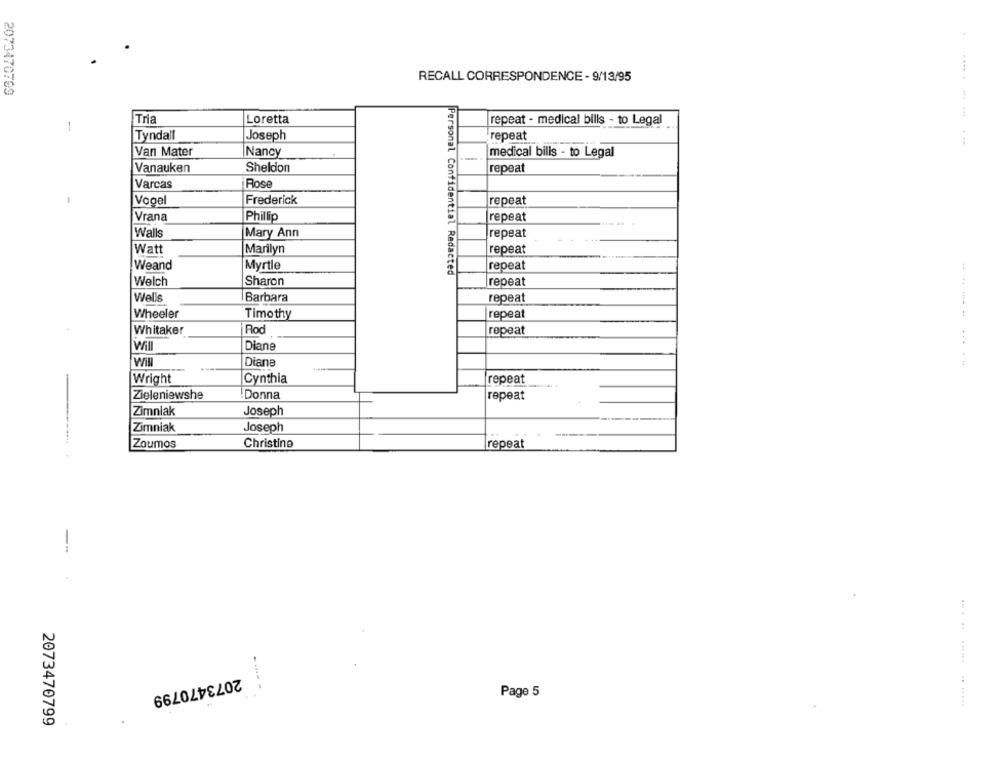
RECALL CORRESPONDENCE - 9/13/95
2073470709
Tria
Loretta
repeat - medical bills - to Legal
-
Tyndall
Joseph
repeat
. ..
Van Mater
Nancy
medical bills - to Legal
Sheldon
repeat
Vanauken
Rose
Varcas
-
Vogel
Frederick
repeat
Vrana
Phillip
repeat
Walls
Mary Ann
repeat
Watt
Marilyn
repeat
Weand
Myrtle
repeat
Personal Confidential Redacted
Welch
Sharon
repeat
Wells
Barbara
repeat
----- -
Wheeler
Timothy
repeat
Whitaker
Rod
repeat
Will
Diane
Will
Diane
Wright
Cynthia
repeat
Zieleniewshe
!Donna
repeat
Zimniak
Joseph
Zimniak
Joseph
Zoumos
Christine
repeat
-
2073470799
Page 5
.. ...... .. .....
2073470799